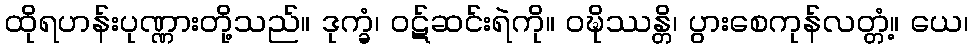
ထိုရဟန်းပုဏ္ဏားတို့သည်။ ဒုက္ခံ၊ ဝဋ်ဆင်းရဲကို။ ဝဍ္ဎိဿန္တိ၊ ပွားစေကုန်လတ္တံ့။ ယေ၊